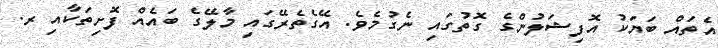
އެތައް ބަޔަކު އޮފިޝަލުންގެ ގޮތުގައި ނެގުމެވެ. އޭގެތެރޭގައި މާލޭގެ ބައެއް ފޮށިތަކާއި ރ.